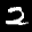
Label: 2